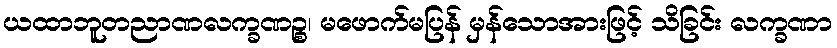
ယထာဘူတညာဏလက္ခဏဉ္စ၊ မဖောက်မပြန် မှန်သောအားဖြင့် သိခြင်း လက္ခဏာ